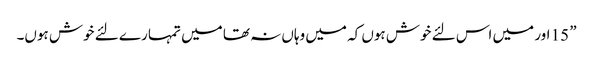
” 15 اور میں اس لئے خوش ہوں کہ میں وہاں نہ تھا میں تمہا رے لئے خوش ہوں۔